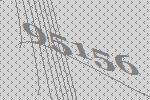
95156